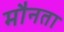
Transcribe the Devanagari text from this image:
मौनता